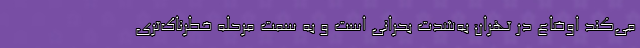
می‌کند اوضاع در تهران به‌شدت بحرانی است و به سمت مرحله خطرناک‌تری